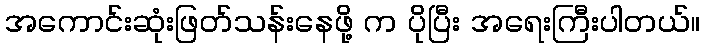
အကောင်းဆုံးဖြတ်သန်းနေဖို့ က ပိုပြီး အရေးကြီးပါတယ်။